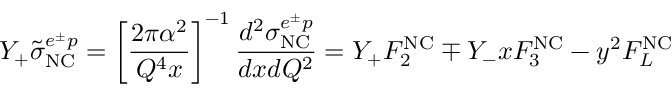
Y _ { + } \tilde { \sigma } _ { \mathrm { N C } } ^ { e ^ { \pm } p } = \left[ \frac { 2 \pi \alpha ^ { 2 } } { Q ^ { 4 } x } \right] ^ { - 1 } \frac { d ^ { 2 } \sigma _ { \mathrm { N C } } ^ { e ^ { \pm } p } } { d x d Q ^ { 2 } } = Y _ { + } F _ { 2 } ^ { \mathrm { N C } } \mp Y _ { - } x F _ { 3 } ^ { \mathrm { N C } } - y ^ { 2 } F _ { L } ^ { \mathrm { N C } }